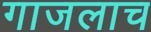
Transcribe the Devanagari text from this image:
गाजलाच